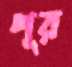
পূর